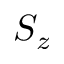
S _ { z }